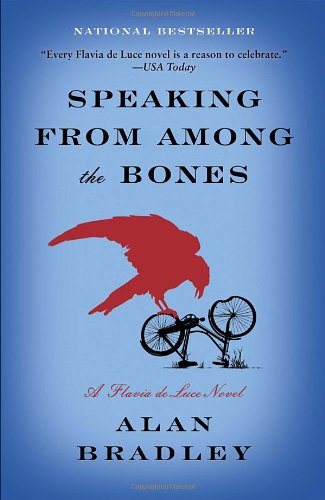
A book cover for Speaking from Among the Bones: A Flavia de Luce Novel; Alan Bradley; Mystery, Thriller & Suspense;